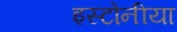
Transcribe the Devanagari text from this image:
इस्टोनीया